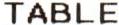
TABLE